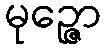
မုဉ္ဇော